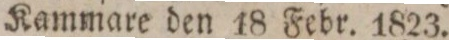
Kammare den 18 Febr. 1823.